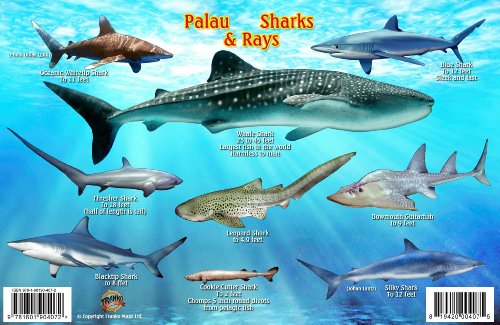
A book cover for Palau Sharks & Rays Guide Franko Maps Laminated Fish Card; Franko Maps Ltd.; Travel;